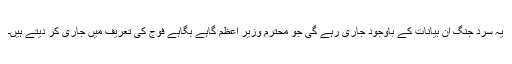
یہ سرد جنگ ان بیانات کے باوجود جاری رہے گی جو محترم وزیر اعظم گاہے بگاہے فوج کی تعریف میں جاری کر دیتے ہیں۔